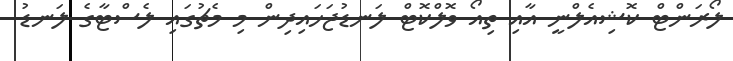
ލޯރަންޓް ކޮޝިއެލްނީ އާއި ތިއޯ ވޮލްކޮޓް ލަނޑުޖަހައިދިން މި މެޗުގައި ލެސްޓާގެ ލަނޑު